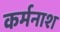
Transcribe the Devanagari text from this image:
कर्मनाश